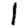
Digit: 1